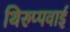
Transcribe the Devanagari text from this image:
थिरुप्पवाई